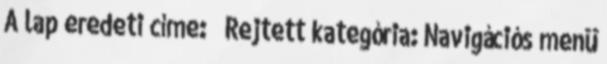
A lap eredeti címe: „ Rejtett kategória: Navigációs menü